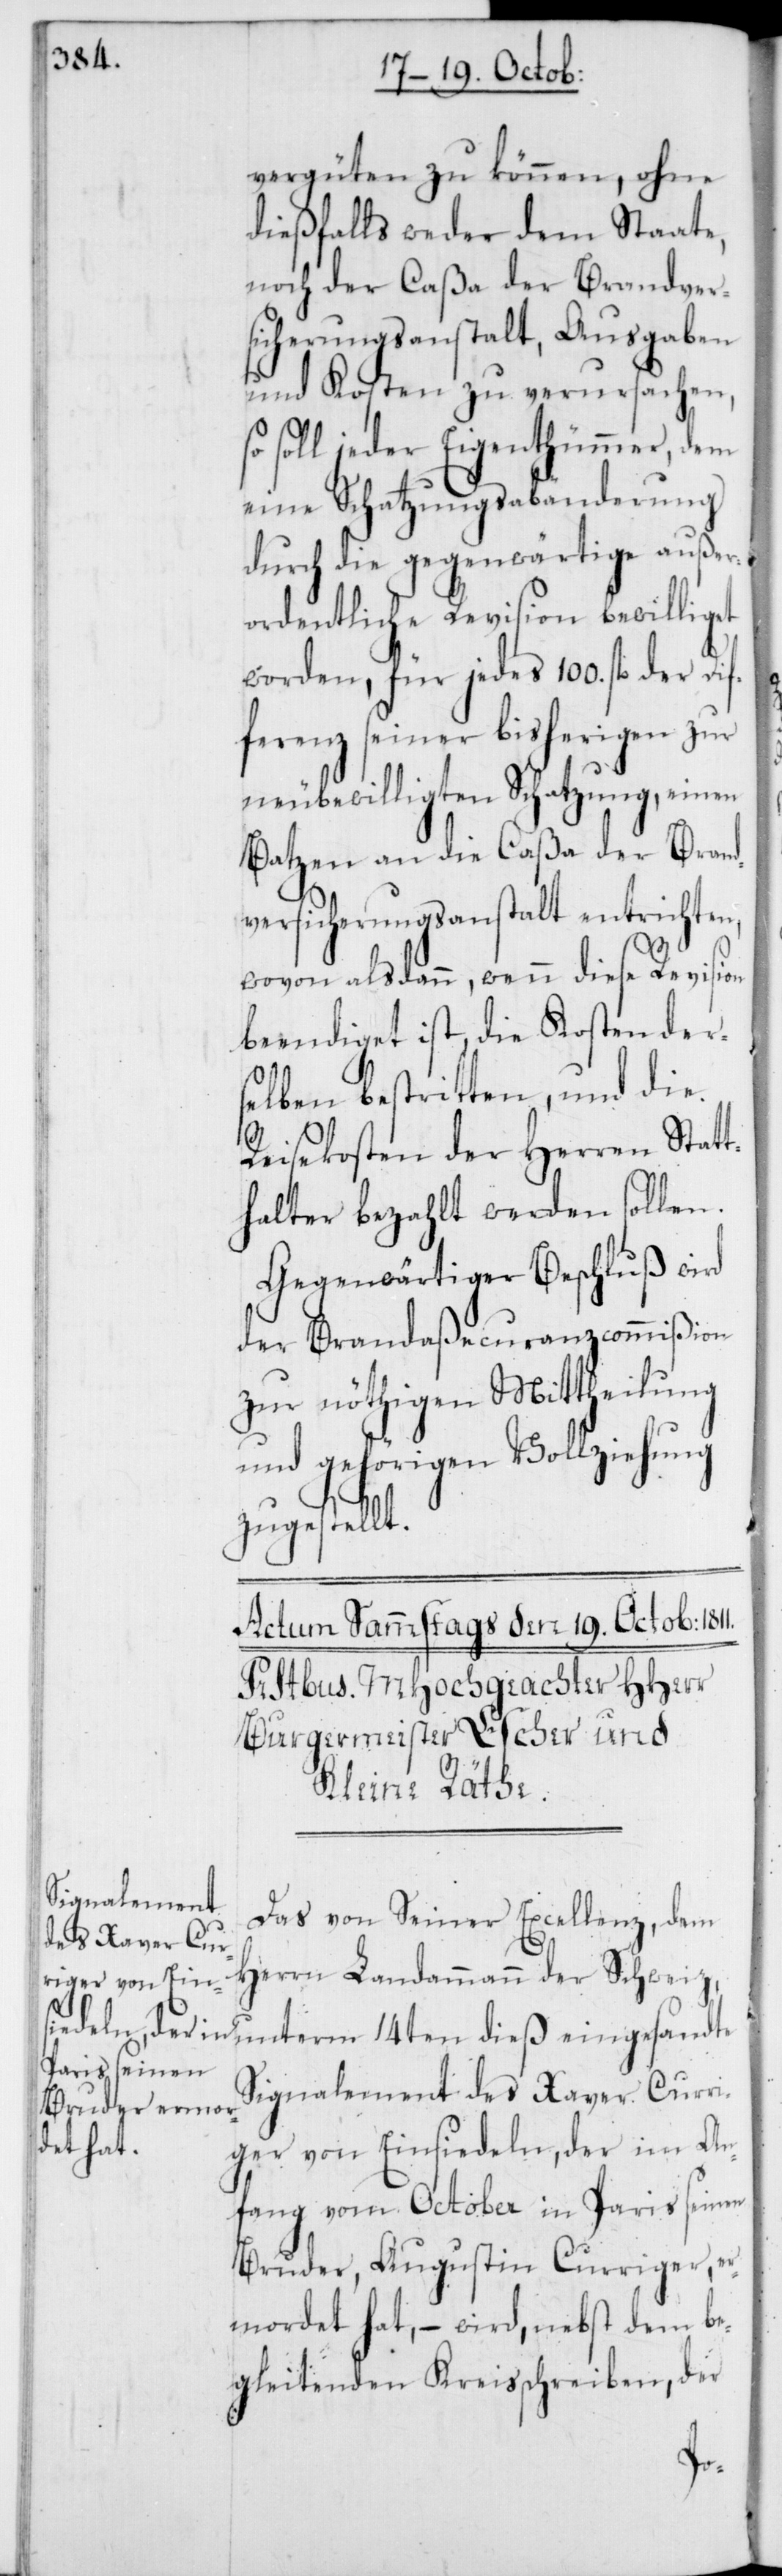
vergüten zu können, ohne
dießfalls weder dem Staate,
noch der Caßa der Brandver¬
sicherunsanstalt, Ausgaben
und Kosten zu verursachen,
soll jeder Eigenthümer, dem
eine Schatzungsabänderung
durch die gegenwärtige außer¬
ordentliche Revision bewilliget
worden, für jedes 100. fl. der Dif¬
ferenz seiner bisherigen zur
neubewilligten Schatzung, einen
Batzen an die Caßa der Brand¬
versicherungsanstalt entrichten,
wovon alsdann, wenn diese Revision
beendiget ist, die Kosten der¬
selben bestritten, und die
Reisekosten der Herren Statt¬
halter bezahlt werden sollen.
Gegenwärtiger Beschluß wird
der Brandaßecuranzcommißion
zur nöthigen Mittheilung
und gehörigen Vollziehung
zugestellt.
Das von Seiner Excellenz, dem
Herrn Landammann der Schwei¬
z, unterm 14ten dieß eingesandte
Signalement des Xaver Curri¬
ger von Einsiedeln, der im An¬
fang vom October in Paris seinen
Bruder, Augustin Curriger, er¬
mordet hat, – wird nebst dem be¬
gleitenden Kreisschreiben, der